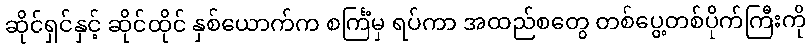
ဆိုင်ရှင်နှင့် ဆိုင်ထိုင် နှစ်ယောက်က စင်္ကြံမှ ရပ်ကာ အထည်စတွေ တစ်ပွေ့တစ်ပိုက်ကြီးကို